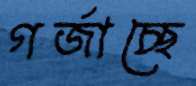
গর্জাচ্ছে